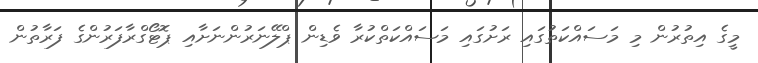
މީގެ އިތުރުން މި މަސައްކަތުގައި ރަށުގައި މަސައްކަތްކުރާ ވެޑިން ޕްލޭނަރުންނަށާއި ޕޮޓޯގްރާފަރުންގެ ފަރާތުން